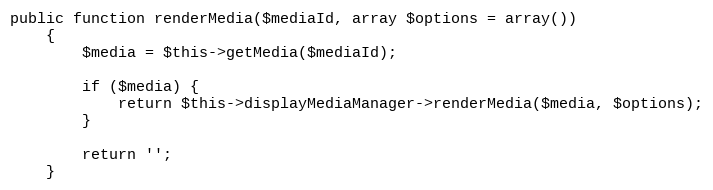
Language: PHP
public function renderMedia($mediaId, array $options = array())
    {
        $media = $this->getMedia($mediaId);

        if ($media) {
            return $this->displayMediaManager->renderMedia($media, $options);
        }

        return '';
    }